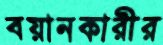
বয়ানকারীর